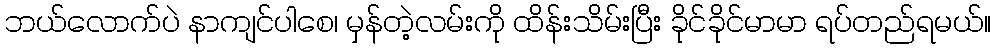
ဘယ်လောက်ပဲ နာကျင်ပါစေ၊ မှန်တဲ့လမ်းကို ထိန်းသိမ်းပြီး ခိုင်ခိုင်မာမာ ရပ်တည်ရမယ်။